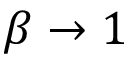
\beta \rightarrow 1